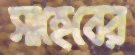
সাহেবের